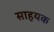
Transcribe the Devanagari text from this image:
साहयक